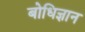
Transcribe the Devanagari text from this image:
बोधिज्ञान